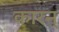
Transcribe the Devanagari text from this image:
कारन्